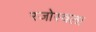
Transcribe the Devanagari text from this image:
रजोस्वला